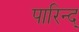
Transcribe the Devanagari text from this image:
पारिन्द्